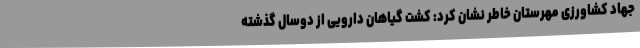
جهاد کشاورزی مهرستان خاطر نشان کرد: کشت گیاهان دارویی از دوسال گذشته